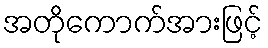
အတိုကောက်အားဖြင့်